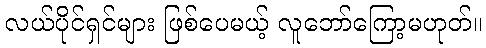
လယ်ပိုင်ရှင်များ ဖြစ်ပေမယ့် လူဘော်ကြော့မဟုတ်။